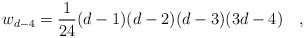
\begin{align*}w_{d-4}={1 \over 24}(d-1)(d-2)(d-3)(3d-4)~~~,\end{align*}